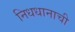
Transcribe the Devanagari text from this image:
निधधानाची